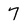
Character: 7